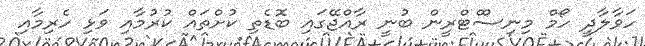
ހަވާލާދީ ހޯމް މިނިސްްޓްރީން ބުނީ ރާއްޖޭގައި ބޮޑެތި ކުށްތައް ކުރުމާއި ވަޅި ހެރިމާއި